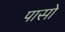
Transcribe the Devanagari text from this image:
पासो